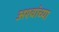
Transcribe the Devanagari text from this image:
अश्वांच्या